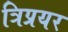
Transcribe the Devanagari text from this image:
त्रिप्रयर